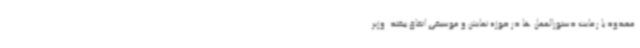
محدود با رعایت دستورالعمل ها در حوزه نمایش و موسیقی اتفاق بیفتد. وزیر